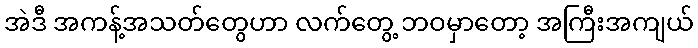
အဲဒီ အကန့်အသတ်တွေဟာ လက်တွေ့ ဘဝမှာတော့ အကြီးအကျယ်